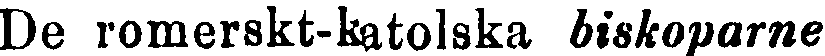
De romerskt-katolska biskoparne